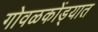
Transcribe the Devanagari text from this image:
गोवळकोंड्यात